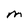
Character: M